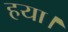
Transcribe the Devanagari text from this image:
हया।